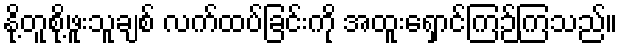
နို့တူစို့ဖူးသူချစ် လက်ထပ်ခြင်းကို အထူးရှောင်ကြဉ်ကြသည်။